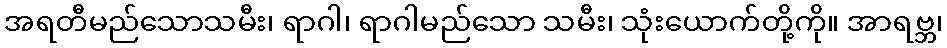
အရတီမည်သောသမီး၊ ရာဂါ၊ ရာဂါမည်သော သမီး၊ သုံးယောက်တို့ကို။ အာရဗ္ဘ၊